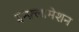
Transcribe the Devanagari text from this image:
इन्फ़्लामेशन